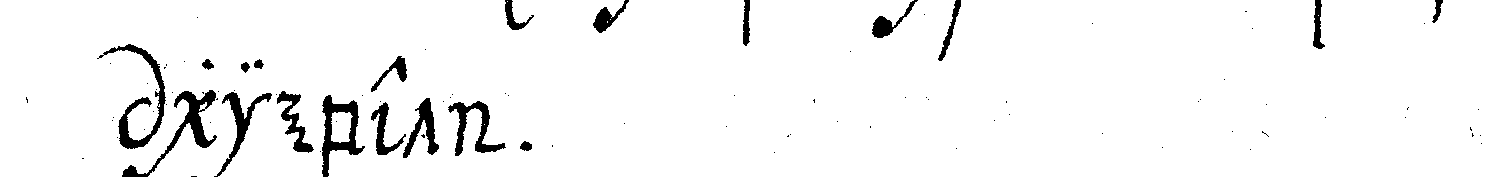
giebet .